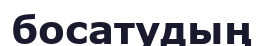
босатудың